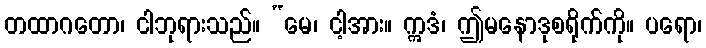
တထာဂတော၊ ငါဘုရားသည်။ “မေ၊ ငါ့အား။ ဣဒံ၊ ဤမနောဒုစရိုက်ကို။ ပရော၊